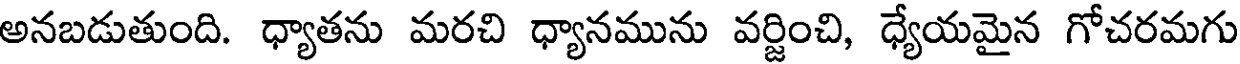
అనబడుతుంది. ధ్యాతను మరచి ధ్యానమును వర్జించి, ధ్యేయమైన గోచరమగు